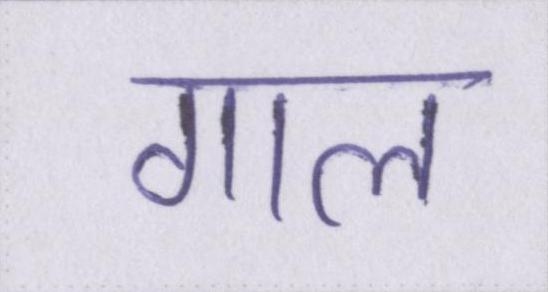
गाल